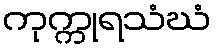
ကုက္ကုရသံဃံ